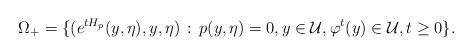
LaTeX: \begin{align*} \Omega_+=\{(e^{tH_p}(y,\eta),y,\eta)\,:\, p(y,\eta)=0, y\in\mathcal{U},\varphi^t(y)\in\mathcal{U}, t\geq0\}.\end{align*}